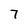
Character: 7